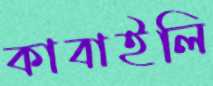
কাবাইলি